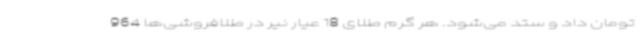
تومان داد و ستد می‌شود. هر گرم طلای 18 عیار نیر در طلافروشی‌ها 964